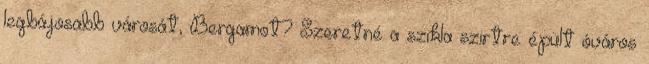
legbájosabb városát, Bergamot? Szeretné a szikla szirtre épült óváros